Report on lock hospitals in British Burma
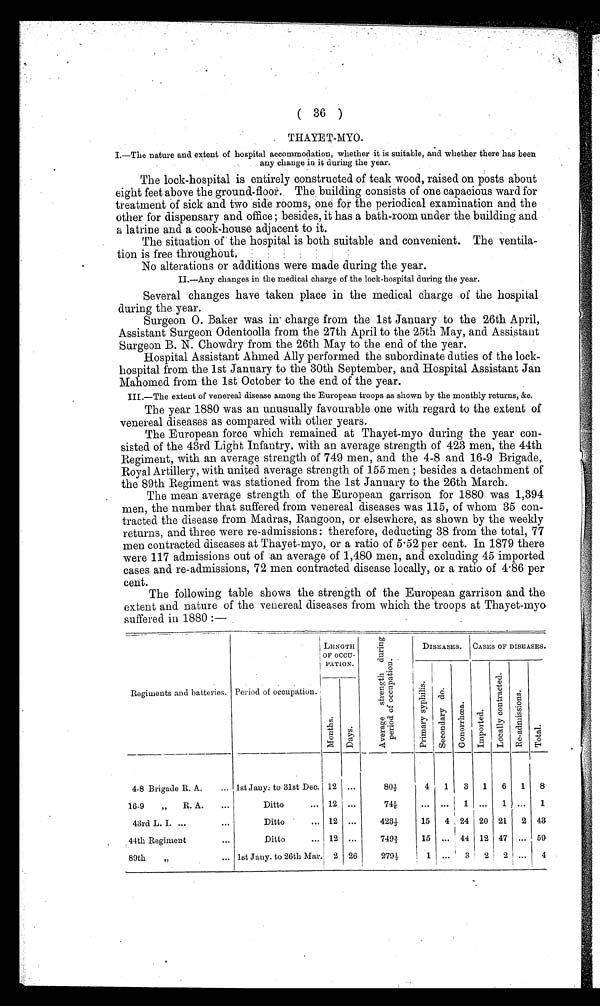
( 36 )
THAYET-MYO.
I.—The nature and extent of hospi tal accommodati on, whether i t i s sui tabl e, and whether there has been
any change in it during the year.
The lock-hospital is entirely constructed of teak wood, raised on posts about
ei ght feet above the ground-fl l oor. The, bui l di ng consi sts of one capaci ous ward for
treatment of sick and two side rooms, one for the periodical examination and the
other for dispensary and office ; besides, it has a bath-room under the building and
a latrine and a cook-house adjacent to it.
The situation of the hospital is both suitable and convenient. The ventila--
tion is free throughout,
No alterations or additions were made during the year.
II.—Any changes in the medical charge of the lock-hospital during the year.
Several changes have taken place in the medical charge of the hospital
during the year.
Surgeon O. Baker was in charge from the 1st January to the 26th April,
Assistant Surgeon Odentoolla from the 27th April to the 25th May, and Assistant
Surgeon B. N. Chowdry from the 26th May to the end of the year.
Hospital Assistant Ahmed Ally performed the subordinate duties of the lock-
hospital from the 1st January to the 30th September, and Hospital Assistant Jan
Mahomed from the 1st October to the end of the year.
III.—The extent of venereal disease among the European troops as shown by the monthly returns, &c.
The year 1880 was an unusually favourable one with regard to the extent of
venereal diseases as compared with other years.
The European force which remained at Thayet-myo during the year con-
-sisted of the 43rd Light Infantry, with an average strength of 423 men, the 44th
Regiment, with an average strength of 749 men, and the 4-8 and 16-9 Brigade,
Royal Artillery, with united average strength of 155 men ; besides a detachment of
the 89th Regiment was stationed from the 1st January to the 26th March.
The mean average strength of the European garrison for 1880 was 1,394
men, the number that suffered from venereal diseases was 115, of whom 35 con-
tracted the disease from Madras, Rangoon, or elsewhere, as shown by the weekly
returns, and three were re-admissions : therefore, deducting 38 from the total, 77
men contracted diseases at Thayet-myo, or a ratio of 5.52 per cent. In 1879 there
were 117 admissions out of an average of 1,480 men, and excluding 45 imported
cases and re-admissions, 72 men contracted disease locally, or a ratio of 4.86 per
cent.
The following table shows the strength of the European garrison and the
extent and nature of the venereal diseases from which the troops at Thayet-myo
suffered in 1880 :—
Regiments and batteries. Period of occupation.
L E N G T H
OF OCCU-
PATION.
A v e r a g e s t r e n g t h d u r i n g p e r i o d o f o c c u p a t i o n .
DISEASES. CASES OF DISEASES.
P r i m a r y s y p h i l i s .
S e c o n d a r y d o .
Go n o r r h œa
I m p o r t e d .
L o c a l l y c o n t r a c t e d .
R e - a d mi s s i o n s .
T o t a l .
M o n t h s .
D a y s .
4-8 Brigade R. A.
... 1st Jany. to 31st Dec. 12 ...
80 1/3
4
1
3 1
6 1
8
16-9
„ R. A.
...
Ditto
...
12
...
74 5/6
. . .
. . . 1 ...
1
. . . 1
43rd L. I. ...
...
Ditto
... 12 ...
423 1/3
15
4 24 20 21 2 43
44th Regiment
...
Ditto
... 12 ...
749 2/3
15 ... 44 12 47
. . . 59
89th
„
... 1st Jany. to 26th Mar. 2 26
279 1/2
1 ...
3 2 2 ...
4